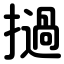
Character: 撾